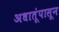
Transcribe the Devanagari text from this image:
अधातूंपासून